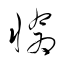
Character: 愴